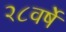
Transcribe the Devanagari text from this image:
२८वर्षे